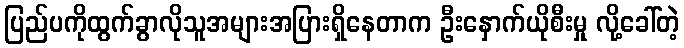
ပြည်ပကိုထွက်ခွာလိုသူအများအပြားရှိနေတာက ဦးနှောက်ယိုစီးမှု လို့ခေါ်တဲ့